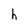
Character: h